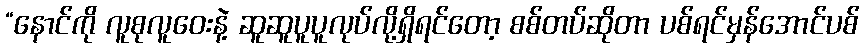
“နောင်ကို လူစုလူဝေးနဲ့ ဆူဆူပူပူလုပ်လို့ရှိရင်တော့ စစ်တပ်ဆိုတာ ပစ်ရင်မှန်အောင်ပစ်